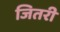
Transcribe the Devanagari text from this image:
जितरी